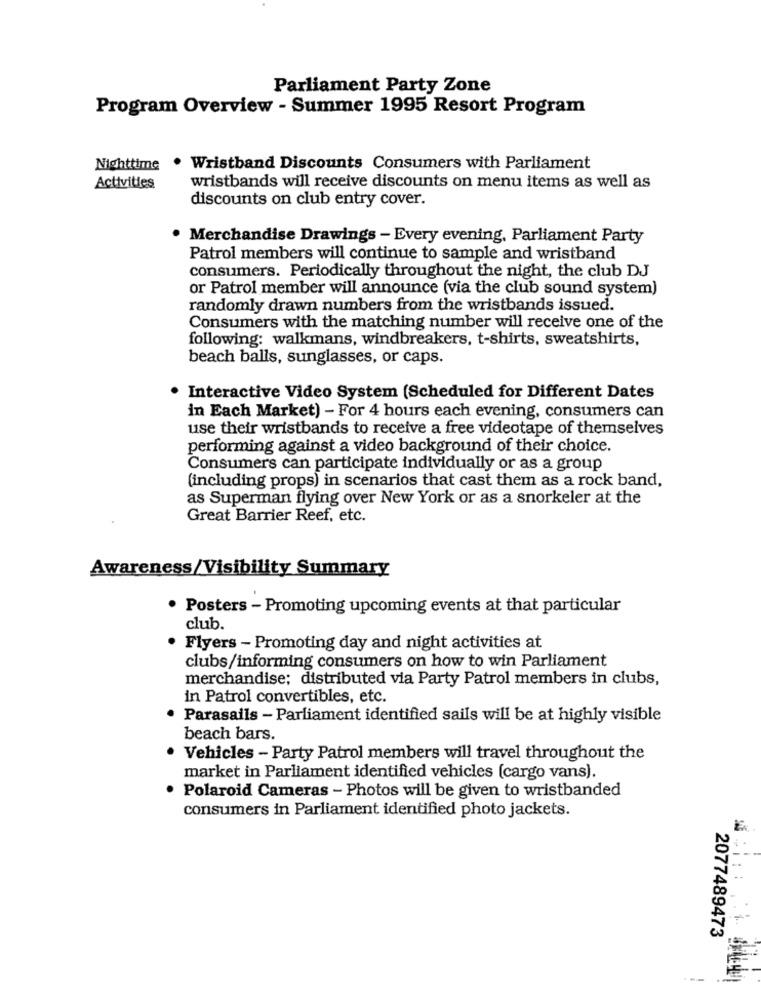
Parliament Party Zone
Program Overview - Summer 1995 Resort Program
Nighttime
. Wristband Discounts Consumers with Parliament
Activities
wristbands will receive discounts on menu items as well as
discounts on club entry cover.
· Merchandise Drawings - Every evening, Parliament Party
Patrol members will continue to sample and wristband
consumers. Periodically throughout the night, the club DJ
or Patrol member will announce (via the club sound system)
randomly drawn numbers from the wristbands issued.
Consumers with the matching number will receive one of the
following: walkmans, windbreakers, t-shirts, sweatshirts,
beach balls, sunglasses, or caps.
· Interactive Video System (Scheduled for Different Dates
in Each Market) - For 4 hours each evening, consumers can
use their wristbands to receive a free videotape of themselves
performing against a video background of their choice.
Consumers can participate individually or as a group
(including props) in scenarios that cast them as a rock band,
as Superman flying over New York or as a snorkeler at the
Great Barrier Reef, etc.
Awareness/Visibility Summary
. Posters - Promoting upcoming events at that particular
club.
· Flyers - Promoting day and night activities at
clubs/informing consumers on how to win Parliament
merchandise; distributed via Party Patrol members in clubs,
in Patrol convertibles, etc.
Parasails - Parliament identified sails will be at highly visible
beach bars.
Vehicles - Party Patrol members will travel throughout the
market in Parliament identified vehicles (cargo vans).
Polaroid Cameras - Photos will be given to wristbanded
consumers in Parliament identified photo jackets.
2077489473